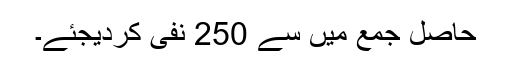
حاصل جمع میں سے 250 نفی کردیجئے۔